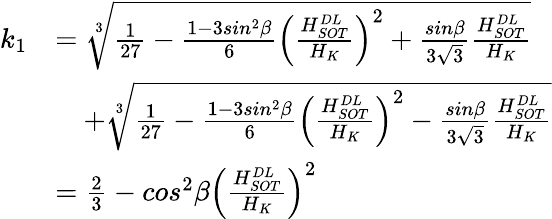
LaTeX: \begin{array}{ll}{k_{1}}&{=\sqrt[3]{\frac{1}{27}-\frac{1-3sin^{2}\beta}{6}{\left(\frac{H_{SOT}^{DL}}{H_{K}}\right)}^{2}+\frac{sin\beta}{3\sqrt{3}}\frac{H_{SOT}^{DL}}{H_{K}}}}\\ &{\quad+\sqrt[3]{\frac{1}{27}-\frac{1-3sin^{2}\beta}{6}{\left(\frac{H_{SOT}^{DL}}{H_{K}}\right)}^{2}-\frac{sin\beta}{3\sqrt{3}}\frac{H_{SOT}^{DL}}{H_{K}}}}\\ &{=\frac{2}{3}-cos^{2}\beta{\left(\frac{H_{SOT}^{DL}}{H_{K}}\right)}^{2}}\end{array}